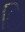
િ